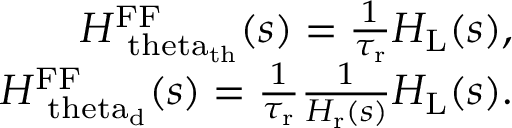
\begin{array} { r } { H _ { \mathrm { \ t h e t a _ { \mathrm { t h } } } } ^ { \mathrm { F F } } ( s ) = \frac { 1 } { \tau _ { \mathrm { r } } } H _ { \mathrm { L } } ( s ) , } \\ { H _ { \mathrm { \ t h e t a _ { \mathrm { d } } } } ^ { \mathrm { F F } } ( s ) = \frac { 1 } { \tau _ { \mathrm { r } } } \frac { 1 } { H _ { \mathrm { r } } ( s ) } H _ { \mathrm { L } } ( s ) . } \end{array}